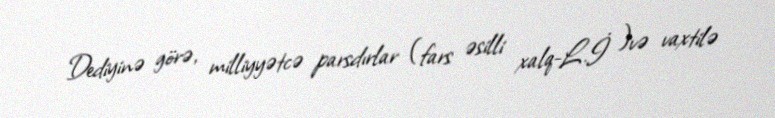
Dediyinə görə, milliyyətcə parsdırlar (fars əsilli xalq-L.İ )və vaxtilə